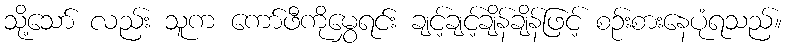
သို့သော် လည်း သူက ကော်ဖီကိုမွှေရင်း ချင့်ချင့်ချိန်ချိန်ဖြင့် စဉ်းစားနေပုံရသည်။